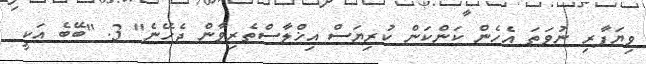
ވިޔަފާރި ނުވަތަ އެހެން ކަންކަން ކުރިޔަސް އިޚްލާސްތެރިވާން ޖެހޭނެ" 3. "ބޭބެ އަކީ